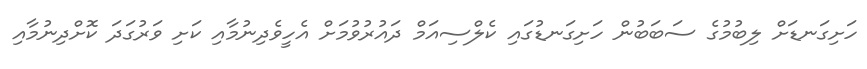
ހަށިގަނޑަށް ލިބުމުގެ ސަބަބުން ހަށިގަނޑުގައި ކެލްސިއަމް ދައުރުވުމަށް އެހީވެދިނުމާއި ކަށި ވަރުގަދަ ކޮށްދިނުމާއި